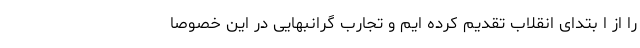
را از ا بتدای انقلاب تقدیم کرده ایم و تجارب گرانبهایی در این خصوصا